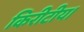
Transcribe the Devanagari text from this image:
किरीटीय।